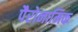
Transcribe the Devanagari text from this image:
पैरोनामिक